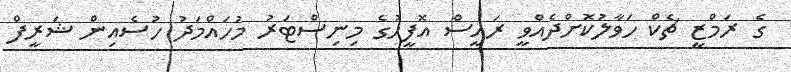
ގެ ރަމްޒީ ޗެކް ހަވާލުކޮށްދެއްވީ ރައީސް އޮފީހުގެ މިނިސްޓަރު މުހައްމަދު ހުސެއިން ޝަރީފް